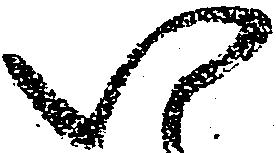
い